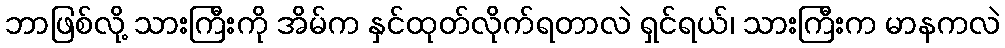
ဘာဖြစ်လို့ သားကြီးကို အိမ်က နှင်ထုတ်လိုက်ရတာလဲ ရှင်ရယ်၊ သားကြီးက မာနကလဲ